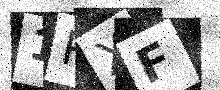
Text: 1RXF